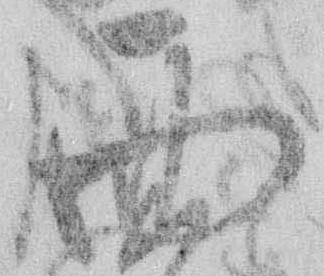
面